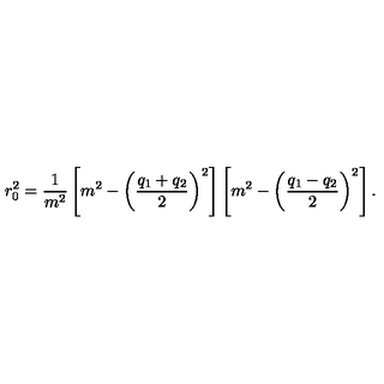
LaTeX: r _ { 0 } ^ { 2 } = \frac { 1 } { m ^ { 2 } } \left[ m ^ { 2 } - \left( \frac { q _ { 1 } + q _ { 2 } } { 2 } \right) ^ { 2 } \right] \left[ m ^ { 2 } - \left( \frac { q _ { 1 } - q _ { 2 } } { 2 } \right) ^ { 2 } \right] .